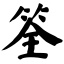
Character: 筌